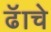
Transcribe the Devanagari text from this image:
ढॅाचे